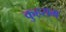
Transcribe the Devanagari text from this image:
कुहराम